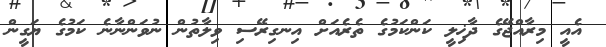
އެއީ މިރާއްޖޭގެ ދާޚިލީ ކަންކަމުގެ ތެރެއަށް އިނގިރޭސި ވިލާތުން ނުވަންނާނެ ކަމުގެ ޔަގީން